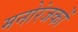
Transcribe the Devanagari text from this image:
मनोरंजकों